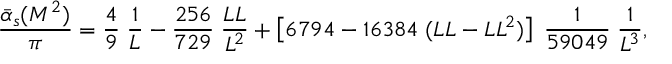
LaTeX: \frac { \bar { \alpha } _ { s } ( M ^ { 2 } ) } { \pi } = \frac { 4 } { 9 } \; \frac { 1 } { L } - \frac { 2 5 6 } { 7 2 9 } \; \frac { L L } { L ^ { 2 } } + \left[ 6 7 9 4 - 1 6 3 8 4 \; ( L L - L L ^ { 2 } ) \right] \; \frac { 1 } { 5 9 0 4 9 } \; \frac { 1 } { L ^ { 3 } } ,